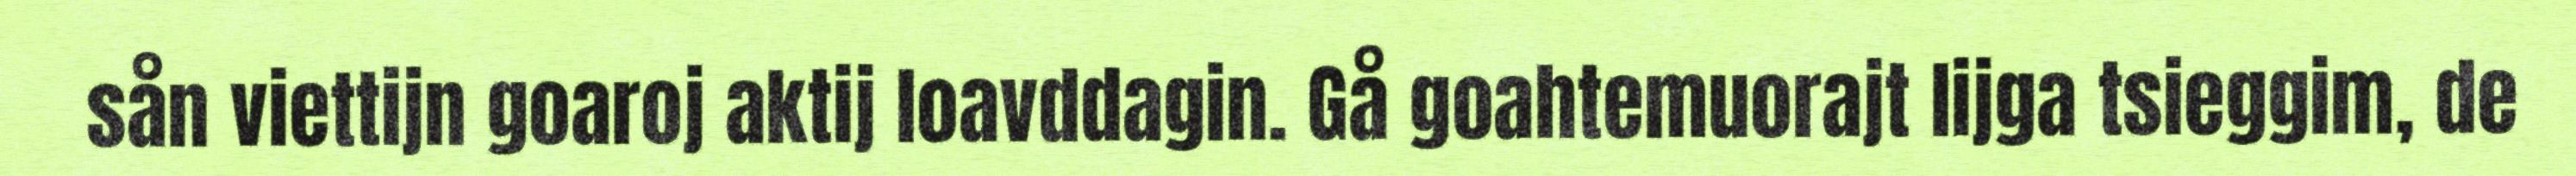
sån viettijn goaroj aktij loavddagin. Gå goahtemuorajt lijga tsieggim, de